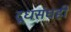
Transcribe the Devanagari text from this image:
दूधसंघही